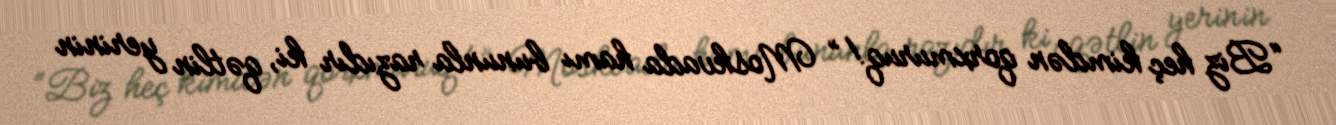
“Biz heç kimdən qorxmuruq!” Moskvada hamı bununla razıdır ki, qətlin yerinin